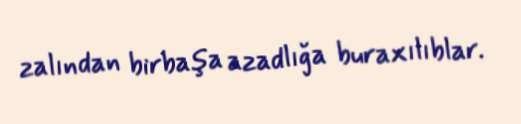
zalından birbaşa azadlığa buraxılıblar.